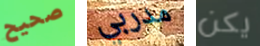
صحيح مدربي يكن